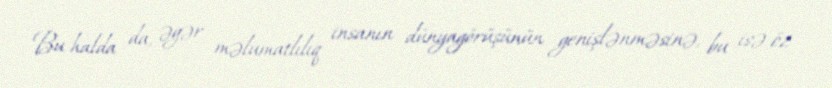
Bu halda da, əgər məlumatlılıq insanın dünyagörüşünün genişlənməsinə, bu isə öz